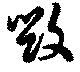
毀